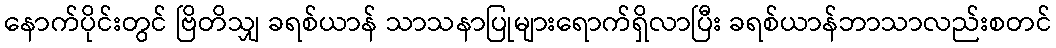
နောက်ပိုင်းတွင် ဗြိတိသျှ ခရစ်ယာန် သာသနာပြုများရောက်ရှိလာပြီး ခရစ်ယာန်ဘာသာလည်းစတင်